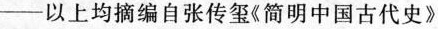
-以上均摘编自张传玺《简明中国古代史》